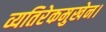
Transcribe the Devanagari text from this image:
व्यतिरेकमुखेन।